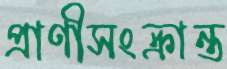
প্রাণীসংক্রান্ত